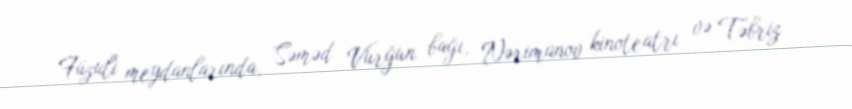
Füzuli meydanlarında, Səməd Vurğun bağı, Nərimanov kinoteatrı və Təbriz